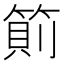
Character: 䈟